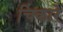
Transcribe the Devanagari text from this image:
चिंकारे